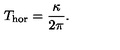
T _ { \mathrm { h o r } } = \frac { \kappa } { 2 \pi } .